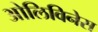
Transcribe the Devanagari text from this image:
ओलिविनेस